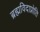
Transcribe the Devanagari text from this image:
ब्रह्मविदाप्नोति